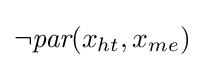
\lnot {\textit {par}}(x_{ht},x_{me})